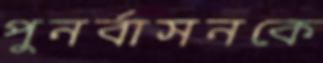
পুনর্বাসনকে